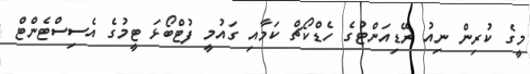
މީގެ ކުރިން ނިއު ރޭޑިއަންޓުގެ ހެޑްކޯޗް ކަމާއި ގައުމީ ފުޓްބޯޅަ ޓީމުގެ އެސިސްޓެންޓް